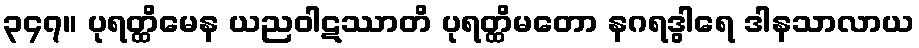
၃၄၇။ ပုရတ္ထိမေန ယညဝါဋဿာတိ ပုရတ္ထိမတော နဂရဒွါရေ ဒါနသာလာယ